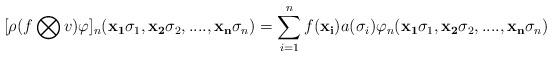
LaTeX: \begin{align*}[\rho(f \bigotimes v) \varphi]_{n} ({\bf{x_{1}}}\sigma_{1}, {\bf{x_{2}}}\sigma_{2}, .... , {\bf{x_{n}}}\sigma_{n}) = \sum_{i=1}^{n} f({\bf{x_{i}}}) a(\sigma_{i}) \varphi_{n}({\bf{x_{1}}}\sigma_{1}, {\bf{x_{2}}}\sigma_{2}, .... , {\bf{x_{n}}}\sigma_{n})\end{align*}